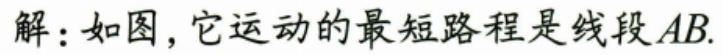
解：如图，它运动的最短路程是线段\(AB\).